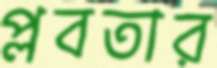
প্লবতার